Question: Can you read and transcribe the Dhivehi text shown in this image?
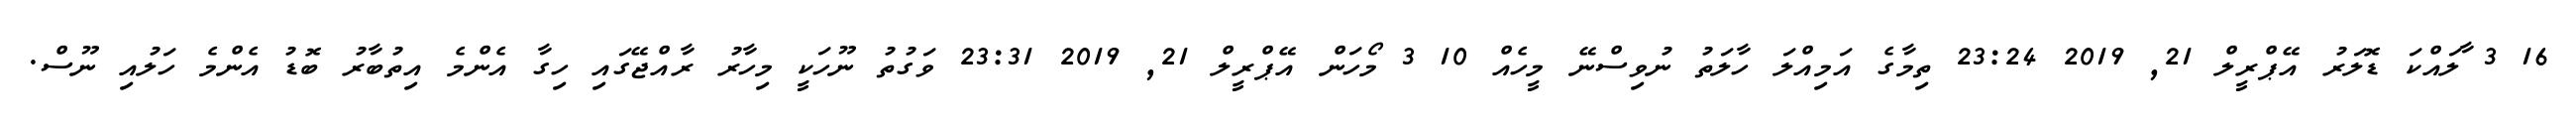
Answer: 16 3 ާލައްކަ ޑޮލަރު އޭޕްރީލް 21, 2019 23:24 ތިމާގެ އަމިއްލަ ހާލަތު ނުވިސްނޭ މީހެއް 10 3 މޯހަން އޭޕްރީލް 21, 2019 23:31 ވަގުތު ނޫހަކީ މިހާރު ރާއްޖޭގައި ހިގާ އެންމެ އިތުބާރު ބޮޑު އެންމެ ހަލުއި ނޫސް.